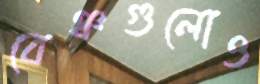
বেঞ্চগুলোও